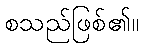
စသည်ဖြစ်၏။